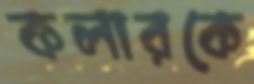
কলারকে